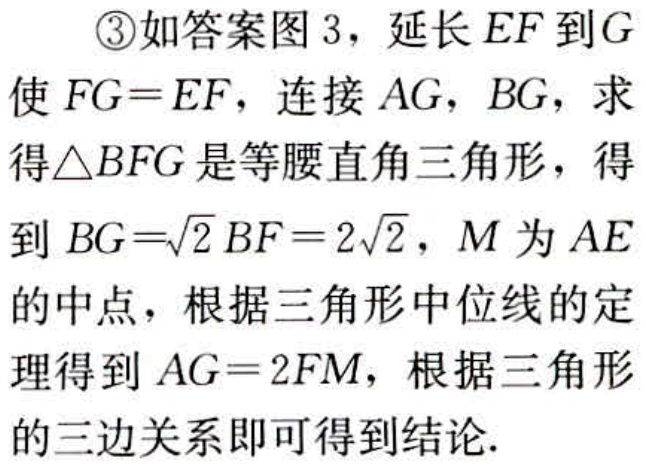
\textcircled{3}如答案图 3，延长\(EF\)到\(G\)使\(FG = EF\)，连接\(AG\)，\(BG\)，求得\(\triangle BFG\)是等腰直角三角形，得到\(BG = \sqrt{2}BF = 2\sqrt{2}\)，\(M\)为\(AE\)的中点，根据三角形中位线的定理得到\(AG = 2FM\)，根据三角形的三边关系即可得到结论.